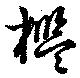
檻